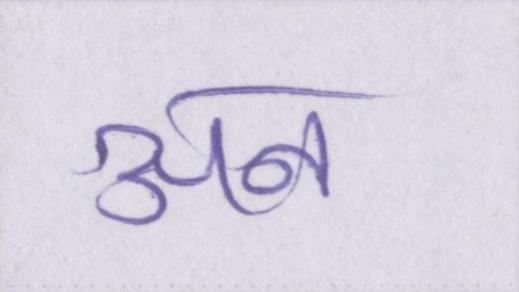
अन